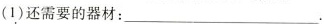
(1)还需要的器材：___.